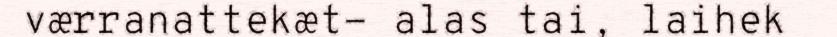
værranattekæt- alas tai, laihek